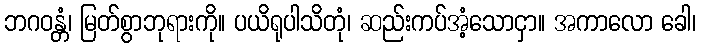
ဘဂဝန္တံ၊ မြတ်စွာဘုရားကို။ ပယိရုပါသိတုံ၊ ဆည်းကပ်အံ့သောငှာ။ အကာလော ခေါ၊